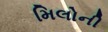
મિલોની